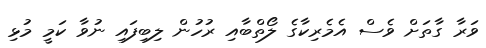
ވަރާ ގާތަށް ވެސް އެމެރިކާގެ ލޯތްބާއި ރުހުން ލިބިފައި ނުވާ ކަމީ މުޅި